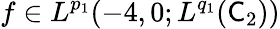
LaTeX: f\in L^{p_{1}}(-4,0;L^{q_{1}}(\mathsf C_{2}))